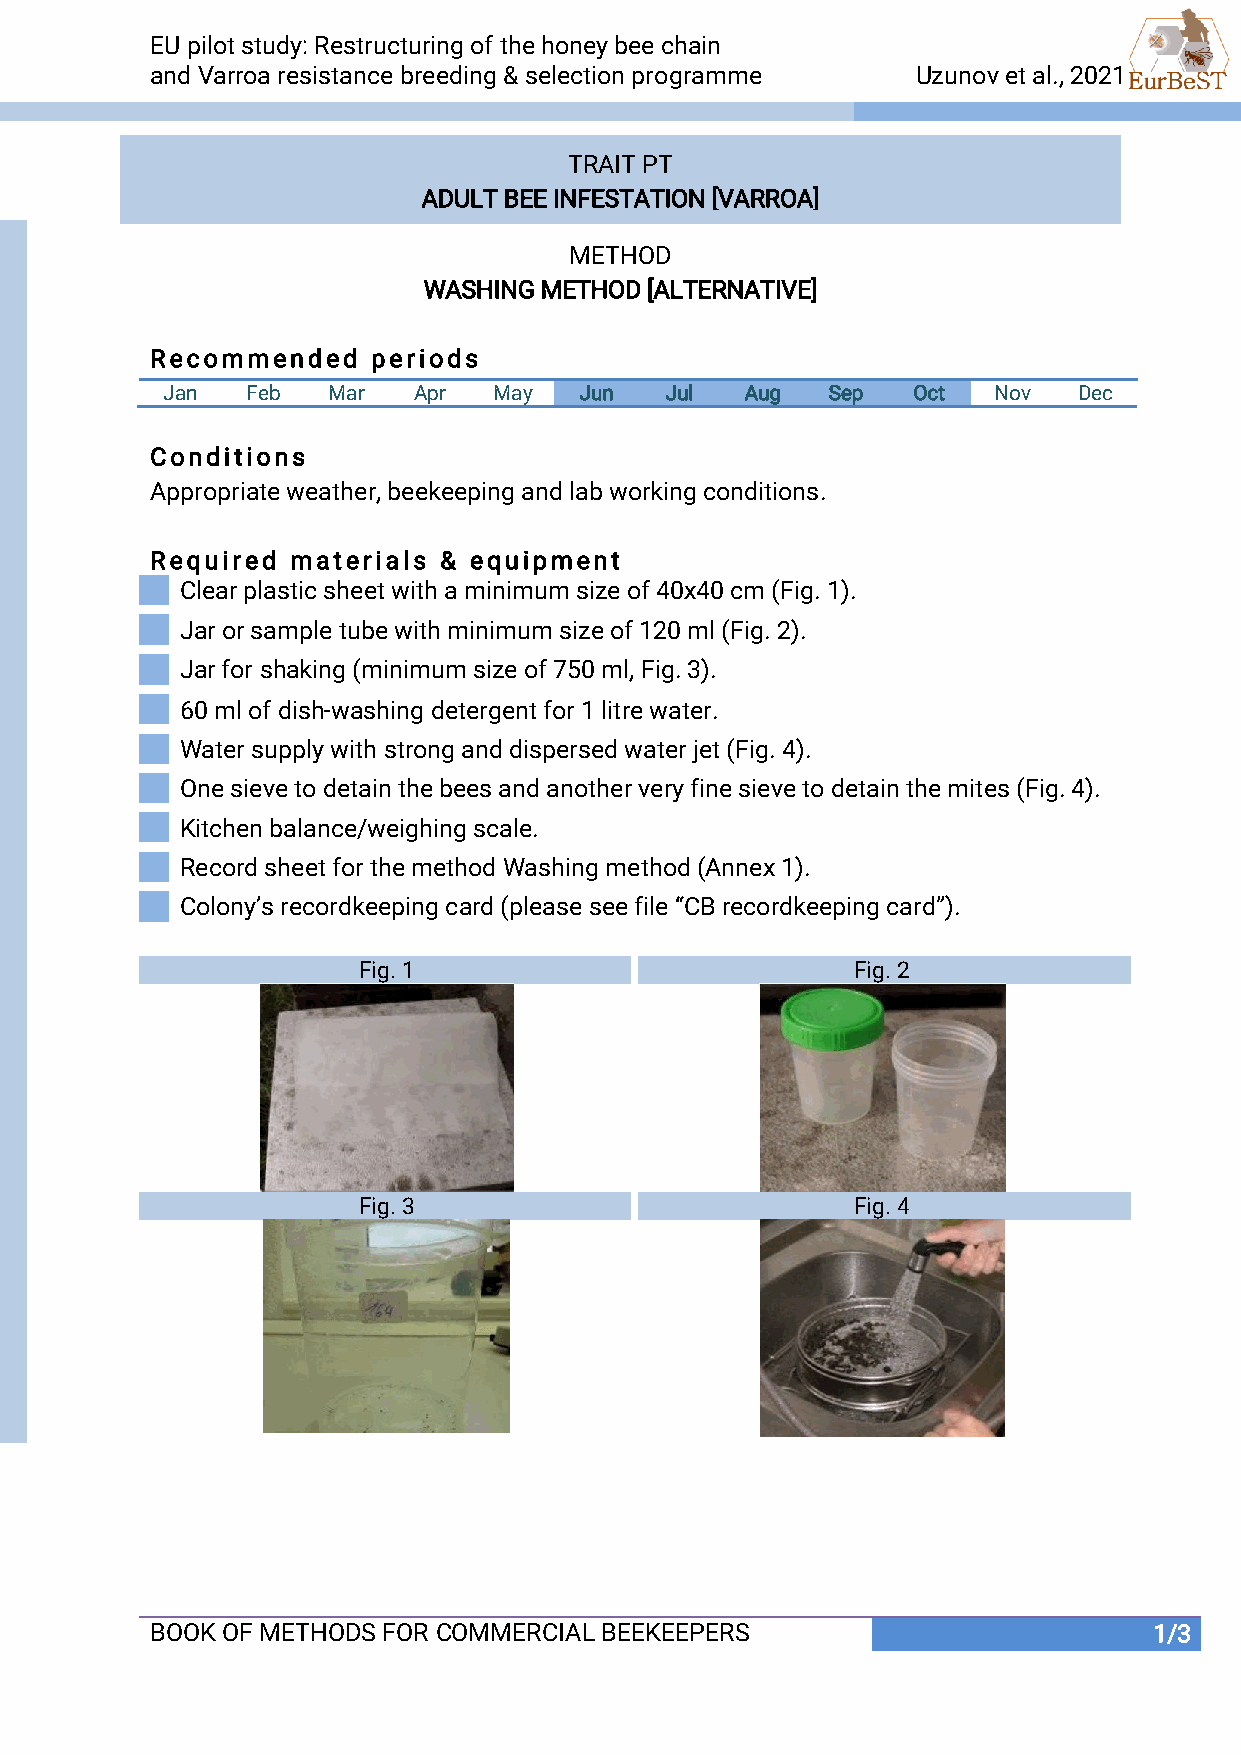
EU pilot study: Restructuring of the honey bee chain
 and Varroa resistance breeding & selection programme Uzunov et al., 2021       Uzunov et al., 2021
 TRAI T PT
 ADULT BEE INFESTATION [VARROA]
 METHOD
 WASHING METHOD [ALTERNATIVE]
 Recommended    periods
 Jan  Feb   Mar  Apr   May  Jun   Jul  Aug   Sep  Oct   Nov  Dec
 Conditions
 Appropriate weather, beekeeping and lab working conditions.
 Required materials & equipment
 Clear plastic sheet with a minimum size of 40x40 cm (Fig. 1).
 Jar or sample tube with minimum size of 120 ml (Fig. 2).
 Jar for shaking (minimum size of 750 ml, Fig. 3).
 60 ml of dish-washing detergent for 1 litre water.
 Water supply with strong and dispersed water jet (Fig. 4).
 One sieve to detain the bees and another very fine sieve to detain the mites (Fig. 4).
 Kitchen balance/weighing scale.
 Record sheet for the method Washing method (Annex 1).
 Colony’s recordkeeping card (please see file “CB recordkeeping card”).
 Fig. 1                           Fig. 2
 Fig. 3                           Fig. 4
 BOOK OF METHODS FOR COMMERCIAL BEEKEEPERS                         1/3